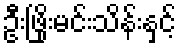
ဦးဖြိုးမင်းသိန်းနှင့်